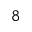
8